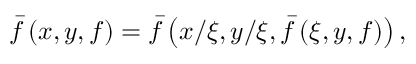
\bar { f } \left( x , y , f \right) = \bar { f } \left( x / \xi , y / \xi , \bar { f } \left( \xi , y , f \right) \right) ,